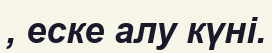
, еске алу күні.